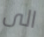
الى